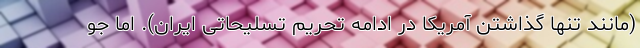
(مانند تنها گذاشتن آمریکا در ادامه تحریم تسلیحاتی ایران). اما جو